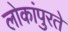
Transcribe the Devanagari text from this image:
लोकांपुरते